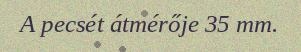
A pecsét átmérője 35 mm.